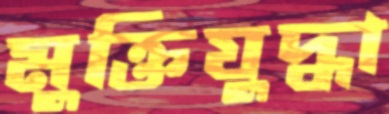
মুক্তিযুদ্ধা